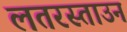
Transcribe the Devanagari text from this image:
लतरस्ताउन